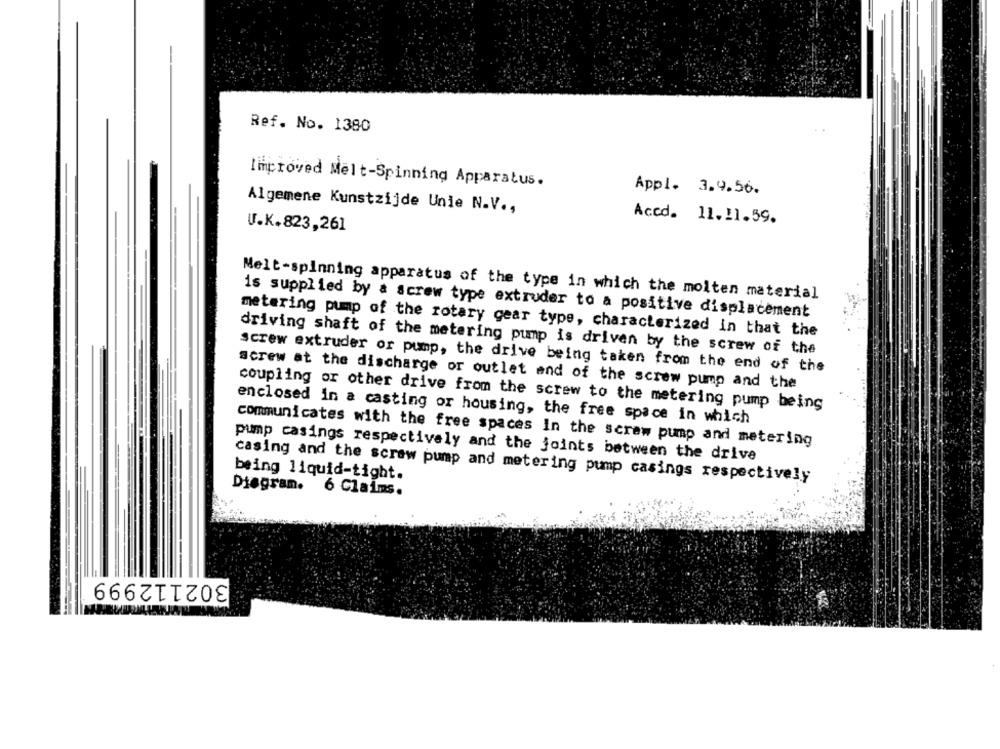
Ref. No. 1380
Improved Melt-Spinning Apparatus.
Appl. 3.9.56.
Algemene Kunstzijde Unie N.V .,
Accd. 11. 11.59.
U.K.823,261
Melt-spinning apparatus of the type in which the molten material
is supplied by a screw type extruder to a positive displacement
metering pump of the rotary gear type, characterized in that the
driving shaft of the metering pump is driven by the screw of the
screw extruder or pump, the drive being taken from the end of the
acrew at the discharge or outlet end of the screw pump and the
coupling or other drive from the screw to the metering pump being
enclosed in a casting or housing, the free space in which
communicates with the free spaces In the screw pump and metering
pump casings respectively and the joints between the drive
being liquid-tight.
casing and the screw pump and metering pump casings respectively
Diagram. 6 Claims.
302112999